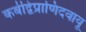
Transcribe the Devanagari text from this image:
कर्बद्विप्राणिदवायू